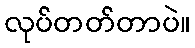
လုပ်တတ်တာပဲ။